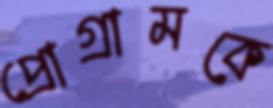
প্রোগ্রামকে